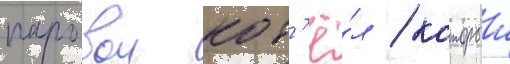
паровои кот'ё́л / которыи